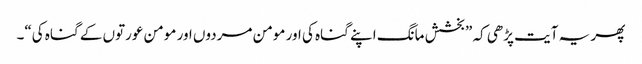
پھر یہ آیت پڑھی کہ ”بخشش مانگ اپنے گناہ کی اور مومن مردوں اور مومن عورتوں کے گناہ کی“۔